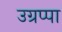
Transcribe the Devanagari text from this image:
उग्रप्पा